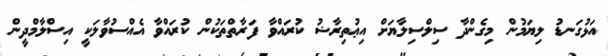
އަޅުގަނޑު ލިޔަމުން މިގެންދާ ސިލްސިލާޔަށް އިޢުތިރާޟު ކުރައްވާ ފަރާތްތަކުން ކުރައްވާ އެއްސުވާލަކީ އިސްލާމްދީން